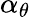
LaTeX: \alpha_{\theta}